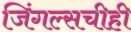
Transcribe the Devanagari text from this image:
जिंगल्सचीही